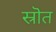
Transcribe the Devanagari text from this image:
स्रॊत